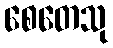
စေတေသု